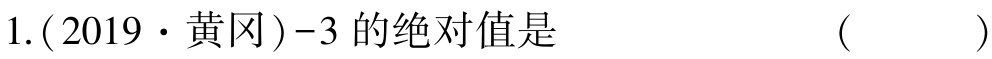
1.(2019·黄冈)-3 的绝对值是  ( )